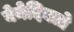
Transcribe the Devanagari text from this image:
बेनेदिक्तो